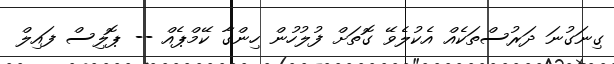
ގިނަގުނަ ދަރުސްތަކެއް އެކުލެވޭ ގޮތަށް ފުލުހުން ހިންގާ ކޭމްޕެއް -- ޕޮލިސް ފައިލް